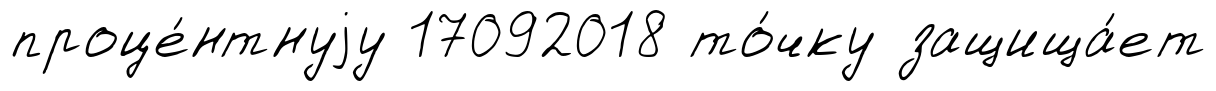
проце́нтнуjу 17092018 то́чку защища́ет